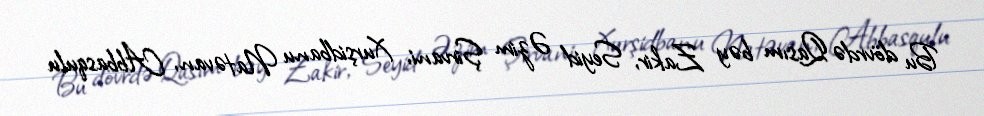
Bu dövrdə Qasım bəy Zakir, Seyid Əzim Şirvani, Xurşidbanu Natəvan, Abbasqulu